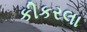
કીકરલા